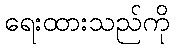
ရေးထားသည်ကို